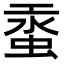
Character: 𧋔